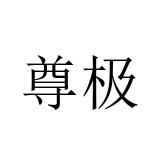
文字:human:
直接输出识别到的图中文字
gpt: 尊极